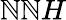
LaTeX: \mathbb{N}\mathbb{N}H